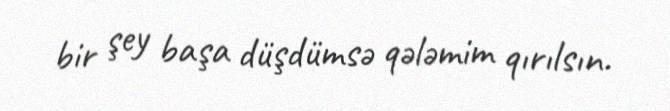
bir şey başa düşdümsə qələmim qırılsın.